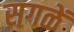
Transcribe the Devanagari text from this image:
सगळें